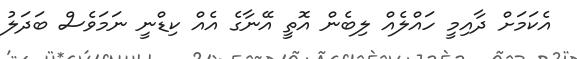
އެކަމަށް ދާއިމީ ހައްލެއް ލިބެން އޮތީ އޭނާގެ އެއް ކިޑްނީ ނަމަވެސް ބަދަލު